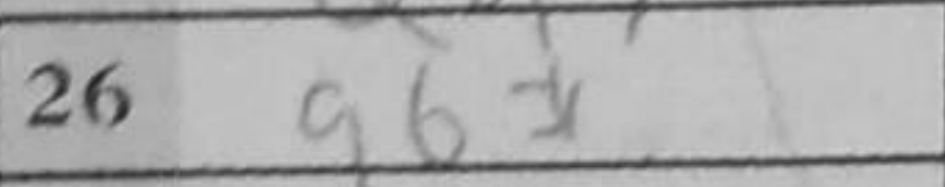
Transcription: g6#